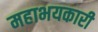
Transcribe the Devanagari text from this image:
महाभयकारी